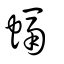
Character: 螎